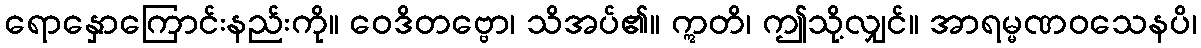
ရောနှောကြောင်းနည်းကို။ ဝေဒိတဗ္ဗော၊ သိအပ်၏။ ဣတိ၊ ဤသို့လျှင်။ အာရမ္မဏဝသေနပိ၊